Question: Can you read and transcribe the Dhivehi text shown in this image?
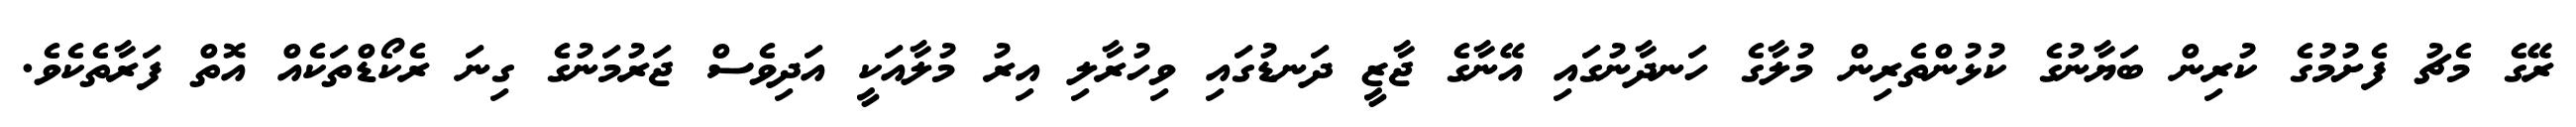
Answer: ރޭގެ މެޗު ފެށުމުގެ ކުރިން ބަޔާނުގެ ކުޅުންތެރިން މުލާގެ ހަނދާނުގައި އޭނާގެ ޖާޒީ ދަނޑުގައި ވިހުރާލި އިރު މުލާއަކީ އަދިވެސް ޖަރުމަނުގެ ގިނަ ރެކޯޑްތަކެއް އޮތް ފަރާތެކެވެ.